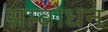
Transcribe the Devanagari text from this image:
सम्‍बोधन